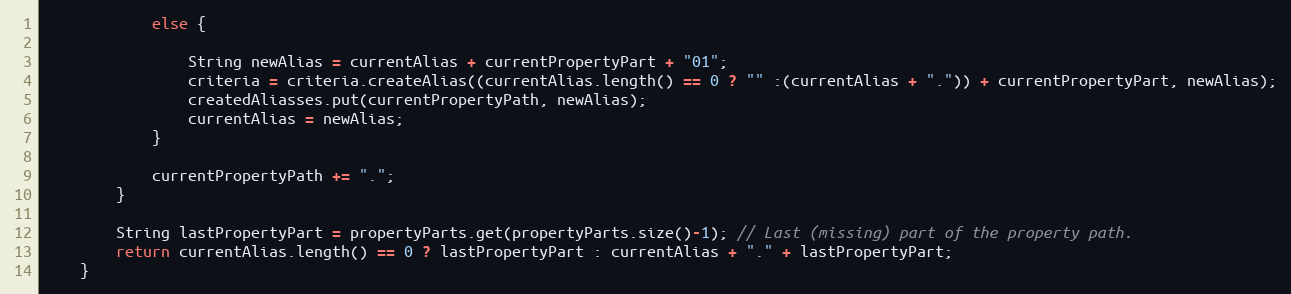
Language: Java
            else {

                String newAlias = currentAlias + currentPropertyPart + "01";
                criteria = criteria.createAlias((currentAlias.length() == 0 ? "" :(currentAlias + ".")) + currentPropertyPart, newAlias);
                createdAliasses.put(currentPropertyPath, newAlias);
                currentAlias = newAlias;
            }

            currentPropertyPath += ".";
        }

        String lastPropertyPart = propertyParts.get(propertyParts.size()-1); // Last (missing) part of the property path.
        return currentAlias.length() == 0 ? lastPropertyPart : currentAlias + "." + lastPropertyPart;
    }